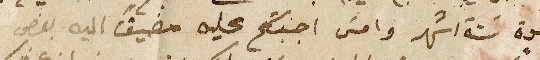
مدة ستة اشهر وامسَ اجبتكم عليه مضيفاً اليه بعض